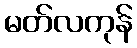
မတ်လကုန်